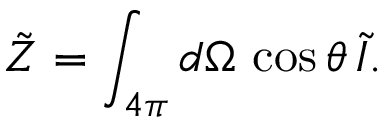
\tilde { Z } = \int _ { 4 \pi } d \Omega \, \cos \theta \, \tilde { I } .